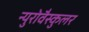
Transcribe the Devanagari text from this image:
न्युरोवैस्कुलर